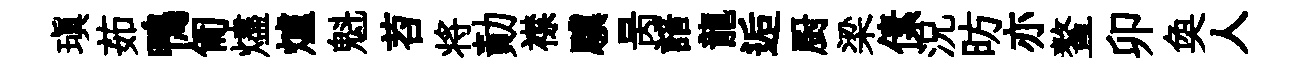
瑱茹鴨匍燼爐魁苕将勣襟驥昺諳龍逅厨梁傃況昉亦鳌卯奐人